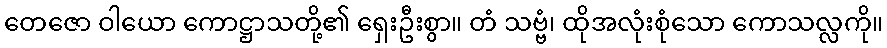
တေဇော ဝါယော ကောဋ္ဌာသတို့၏ ရှေးဦးစွာ။ တံ သဗ္ဗံ၊ ထိုအလုံးစုံသော ကောသလ္လကို။